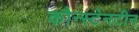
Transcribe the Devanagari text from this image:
कौन्स्टेनटीन